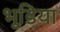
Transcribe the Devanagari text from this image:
भूडि़या